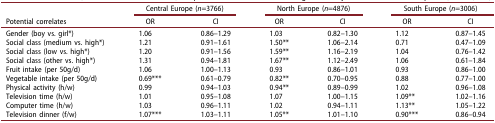
<table><thead><tr><td><b> </b></td><td colspan="2"><b>Central Europe (<i>n</i>=3766)</b></td><td colspan="2"><b>North Europe (<i>n</i>=4876)</b></td><td colspan="2"><b>South Europe (<i>n</i>=3006)</b></td></tr><tr><td><b>Potential correlates</b></td><td><b>OR</b></td><td><b>CI</b></td><td><b>OR</b></td><td><b>CI</b></td><td><b>OR</b></td><td><b>CI</b></td></tr></thead><tbody><tr><td>Gender (boy vs. girl*)</td><td>1.06</td><td>0.86–1.29</td><td>1.03</td><td>0.82–1.30</td><td>1.12</td><td>0.87–1.45</td></tr><tr><td>Social class (medium vs. high*)</td><td>1.21</td><td>0.91–1.61</td><td>1.50**</td><td>1.06–2.14</td><td>0.71</td><td>0.47–1.09</td></tr><tr><td>Social class (low vs. high*)</td><td>1.20</td><td>0.91–1.56</td><td>1.59**</td><td>1.16–2.19</td><td>1.04</td><td>0.76–1.42</td></tr><tr><td>Social class (other vs. high*)</td><td>1.31</td><td>0.94–1.81</td><td>1.67**</td><td>1.12–2.49</td><td>1.06</td><td>0.61–1.84</td></tr><tr><td>Fruit intake (per 50g/d)</td><td>1.06</td><td>1.00–1.13</td><td>0.93</td><td>0.86–1.01</td><td>0.93</td><td>0.86–1.00</td></tr><tr><td>Vegetable intake (per 50g/d)</td><td>0.69***</td><td>0.61–0.79</td><td>0.82**</td><td>0.70–0.95</td><td>0.88</td><td>0.77–1.00</td></tr><tr><td>Physical activity (h/w)</td><td>0.99</td><td>0.94–1.03</td><td>0.94**</td><td>0.89–0.99</td><td>1.02</td><td>0.96–1.08</td></tr><tr><td>Television time (h/w)</td><td>1.01</td><td>0.95–1.08</td><td>1.07</td><td>1.00–1.15</td><td>1.09**</td><td>1.02–1.16</td></tr><tr><td>Computer time (h/w)</td><td>1.03</td><td>0.96–1.11</td><td>1.02</td><td>0.94–1.11</td><td>1.13**</td><td>1.05–1.22</td></tr><tr><td>Television dinner (f/w)</td><td>1.07***</td><td>1.03–1.11</td><td>1.05**</td><td>1.01–1.10</td><td>0.90***</td><td>0.86–0.94</td></tr></tbody></table>